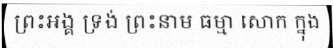
ព្រះអង្គ ទ្រង់ ព្រះនាម ធម្មា សោក ក្នុង